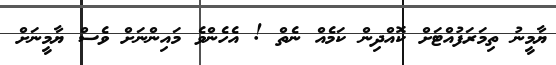
ޔާމީނު ތިމަރަފުއްޓަށް ކޮއްދިން ކަމެއް ނެތް ! އެހެންވެ މައިންނަށް ވެސް ޔާމީނަށް